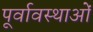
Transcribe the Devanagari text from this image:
पूर्वावस्थाओं